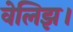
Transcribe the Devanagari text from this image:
वेलिझ।